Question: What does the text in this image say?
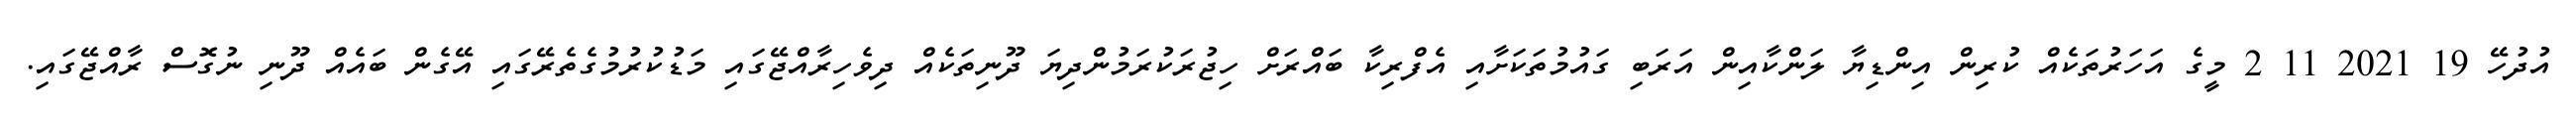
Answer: އުދުހޭ 19 2021 11 2 މީގެ އަހަރުތަކެއް ކުރިން އިންޑިޔާ ލަންކާއިން އަރަބި ގައުމުތަކަށާއި އެފްރިކާ ބައްރަށް ހިޖުރަކުރަމުންދިޔަ ދޫނިތަކެއް ދިވެހިރާއްޖޭގައި މަޑުކުރުމުގެތެރޭގައި އޭގެން ބައެއް ދޫނި ނުގޮސް ރާއްޖޭގައި.